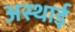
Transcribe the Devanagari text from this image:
अस्‍थाई